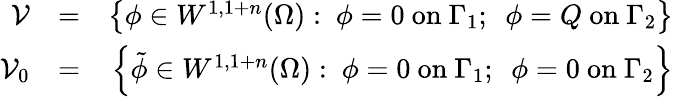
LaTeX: \begin{array}{rlr}{\mathcal{V}}&{=}&{\left\{ \phi\in W^{1,1+n}(\Omega):~\phi=0\mathrm{~on~}\Gamma_{1};~~\phi=Q\mathrm{~on~}\Gamma_{2}\right\} }\\ {\mathcal{V}_{0}}&{=}&{\left\{ \tilde{\phi}\in W^{1,1+n}(\Omega):~\phi=0\mathrm{~on~}\Gamma_{1};~~\phi=0\mathrm{~on~}\Gamma_{2}\right\} }\end{array}